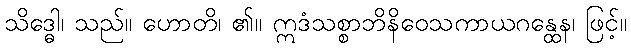
သိဒ္ဓေါ၊ သည်။ ဟောတိ၊ ၏။ ဣဒံသစ္စာဘိနိဝေသကာယဂန္ထေန၊ ဖြင့်။